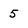
Character: 5